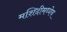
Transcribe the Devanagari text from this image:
मशिदीमध्येच